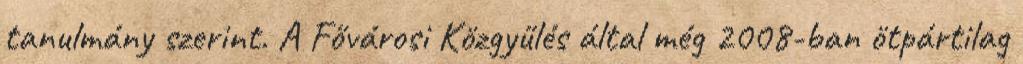
tanulmány szerint. A Fővárosi Közgyűlés által még 2008-ban ötpártilag